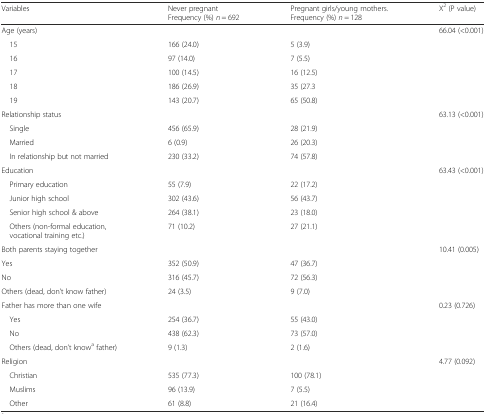
| Variables | Never pregnant Frequency (%) n = 692 | Pregnant girls/young mothers. Frequency (%) n = 128 | X2 (P value) |
 | --- | --- | --- | --- |
 | Age (years) |  |  | <ROWSPAN=6> 66.04 (<0.001) |
 | 15 | 166 (24.0) | 5 (3.9) |
 | 16 | 97 (14.0) | 7 (5.5) |
 | 17 | 100 (14.5) | 16 (12.5) |
 | 18 | 186 (26.9) | 35 (27.3 |
 | 19 | 143 (20.7) | 65 (50.8) |
 | Relationship status |  |  | <ROWSPAN=4> 63.13 (<0.001) |
 | Single | 456 (65.9) | 28 (21.9) |
 | Married | 6 (0.9) | 26 (20.3) |
 | In relationship but not married | 230 (33.2) | 74 (57.8) |
 | Education |  |  | <ROWSPAN=5> 63.43 (<0.001) |
 | Primary education | 55 (7.9) | 22 (17.2) |
 | Junior high school | 302 (43.6) | 56 (43.7) |
 | Senior high school & above | 264 (38.1) | 23 (18.0) |
 | Others (non-formal education, vocational training etc.) | 71 (10.2) | 27 (21.1) |
 | Both parents staying together |  |  | <ROWSPAN=4> 10.41 (0.005) |
 | Yes | 352 (50.9) | 47 (36.7) |
 | No | 316 (45.7) | 72 (56.3) |
 | Others (dead, don’t know father) | 24 (3.5) | 9 (7.0) |
 | Father has more than one wife |  |  | <ROWSPAN=4> 0.23 (0.726) |
 | Yes | 254 (36.7) | 55 (43.0) |
 | No | 438 (62.3) | 73 (57.0) |
 | Others (dead, don’t knowa father) | 9 (1.3) | 2 (1.6) |
 | Religion |  |  | <ROWSPAN=4> 4.77 (0.092) |
 | Christian | 535 (77.3) | 100 (78.1) |
 | Muslims | 96 (13.9) | 7 (5.5) |
 | Other | 61 (8.8) | 21 (16.4) |